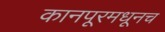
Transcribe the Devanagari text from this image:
कानपूरमधूनच